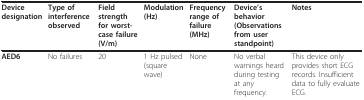
<table><thead><tr><td><b>Device designation</b></td><td><b>Type of interference observed</b></td><td><b>Field strength for worst-case failure (V/m)</b></td><td><b>Modulation(Hz)</b></td><td><b>Frequency range of failure (MHz)</b></td><td><b>Device&#x27;s behavior (Observations from user standpoint)</b></td><td><b>Notes</b></td></tr></thead><tbody><tr><td><b>AED6</b></td><td>No failures</td><td>20</td><td>1 Hz pulsed (square wave)</td><td>None</td><td>No verbal warnings heard during testing at any frequency.</td><td>This device only provides short ECG records. Insufficient data to fully evaluate ECG.</td></tr></tbody></table>